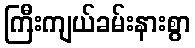
ကြီးကျယ်ခမ်းနားစွာ